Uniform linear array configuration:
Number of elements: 4
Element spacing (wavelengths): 0.25
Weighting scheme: uniform
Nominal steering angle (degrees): -15
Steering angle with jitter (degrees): -13.02
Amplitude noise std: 0.05
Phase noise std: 0.05

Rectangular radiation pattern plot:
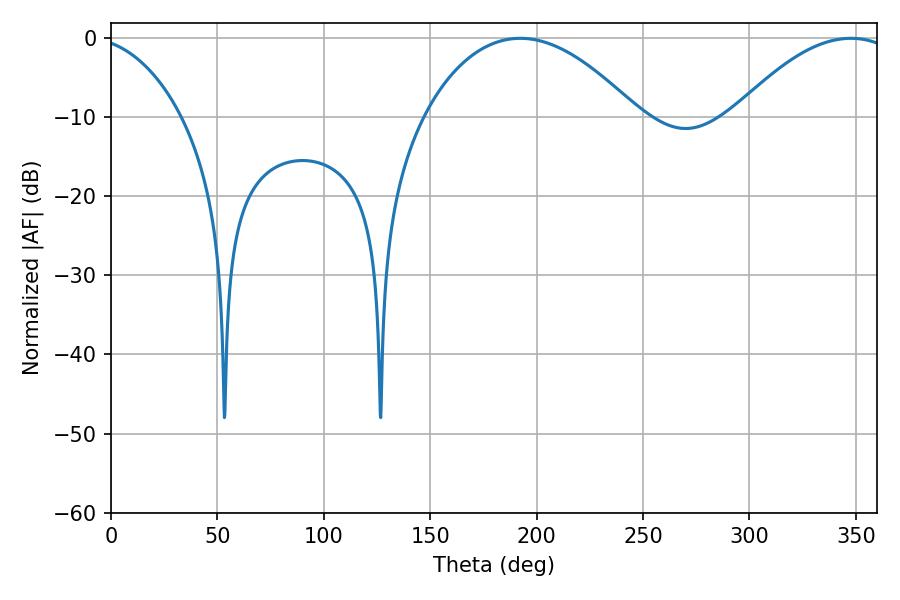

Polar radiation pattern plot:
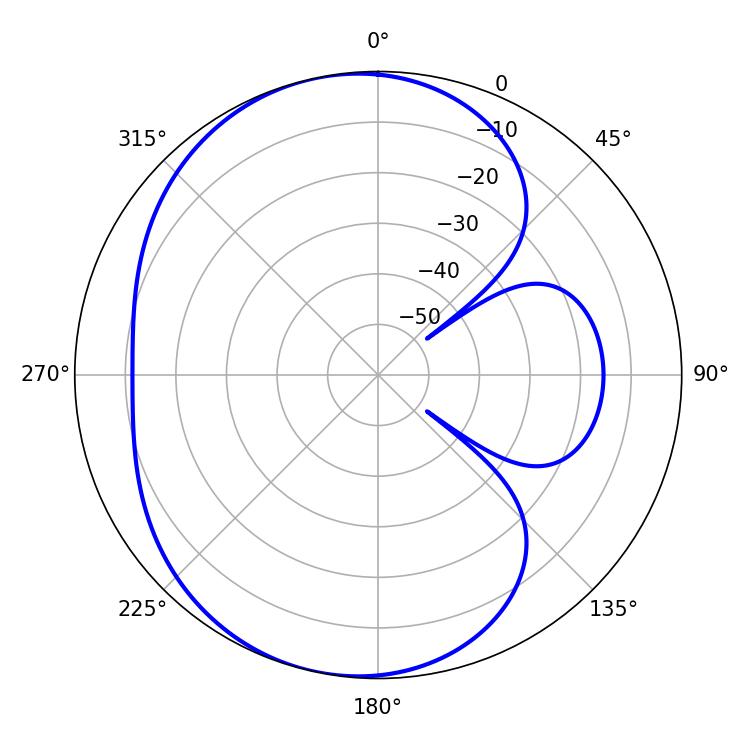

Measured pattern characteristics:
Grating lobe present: FALSE
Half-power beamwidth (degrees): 55.98
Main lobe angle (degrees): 192.24